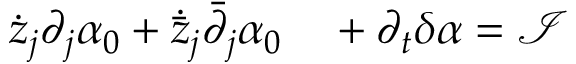
\begin{array} { r l } { { \dot { z } } _ { j } \partial _ { j } \alpha _ { 0 } + { \dot { \bar { z } } } _ { j } { \bar { \partial } } _ { j } \alpha _ { 0 } } & { { } + \partial _ { t } \delta \alpha = \mathcal I } \end{array}